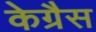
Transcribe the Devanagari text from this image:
केग्रैस